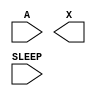
module sky130_fd_sc_lp__iso1p (
    //# {{data|Data Signals}}
    input  A    ,
    output X    ,

    //# {{power|Power}}
    input  SLEEP
);

    // Voltage supply signals
    supply1 KAPWR;
    supply0 VGND ;
    supply1 VPB  ;
    supply0 VNB  ;

endmodule